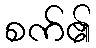
စက်၏